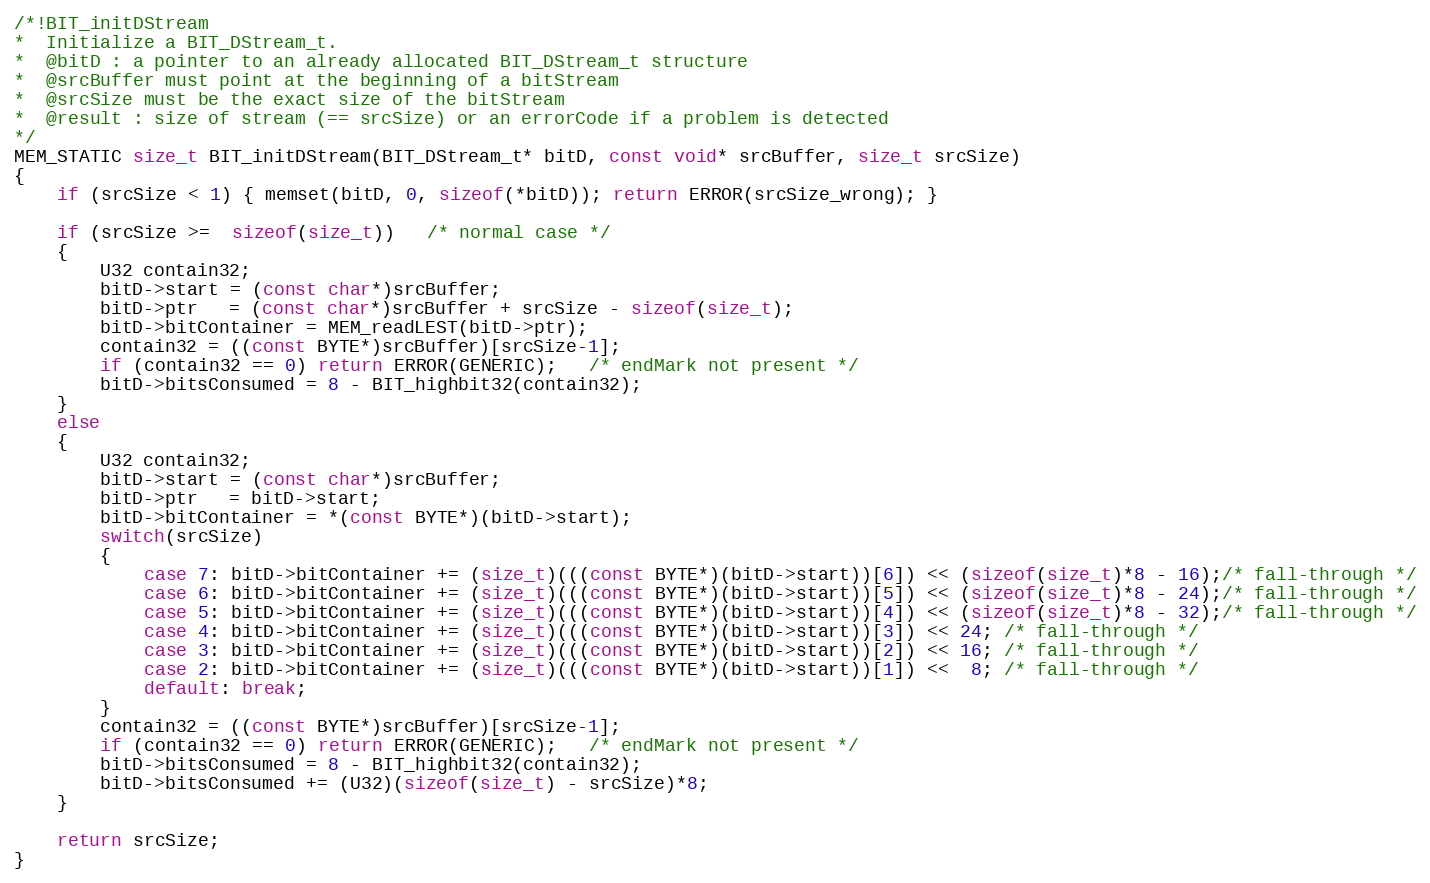
Language: C
/*!BIT_initDStream
*  Initialize a BIT_DStream_t.
*  @bitD : a pointer to an already allocated BIT_DStream_t structure
*  @srcBuffer must point at the beginning of a bitStream
*  @srcSize must be the exact size of the bitStream
*  @result : size of stream (== srcSize) or an errorCode if a problem is detected
*/
MEM_STATIC size_t BIT_initDStream(BIT_DStream_t* bitD, const void* srcBuffer, size_t srcSize)
{
    if (srcSize < 1) { memset(bitD, 0, sizeof(*bitD)); return ERROR(srcSize_wrong); }

    if (srcSize >=  sizeof(size_t))   /* normal case */
    {
        U32 contain32;
        bitD->start = (const char*)srcBuffer;
        bitD->ptr   = (const char*)srcBuffer + srcSize - sizeof(size_t);
        bitD->bitContainer = MEM_readLEST(bitD->ptr);
        contain32 = ((const BYTE*)srcBuffer)[srcSize-1];
        if (contain32 == 0) return ERROR(GENERIC);   /* endMark not present */
        bitD->bitsConsumed = 8 - BIT_highbit32(contain32);
    }
    else
    {
        U32 contain32;
        bitD->start = (const char*)srcBuffer;
        bitD->ptr   = bitD->start;
        bitD->bitContainer = *(const BYTE*)(bitD->start);
        switch(srcSize)
        {
            case 7: bitD->bitContainer += (size_t)(((const BYTE*)(bitD->start))[6]) << (sizeof(size_t)*8 - 16);/* fall-through */
            case 6: bitD->bitContainer += (size_t)(((const BYTE*)(bitD->start))[5]) << (sizeof(size_t)*8 - 24);/* fall-through */
            case 5: bitD->bitContainer += (size_t)(((const BYTE*)(bitD->start))[4]) << (sizeof(size_t)*8 - 32);/* fall-through */
            case 4: bitD->bitContainer += (size_t)(((const BYTE*)(bitD->start))[3]) << 24; /* fall-through */
            case 3: bitD->bitContainer += (size_t)(((const BYTE*)(bitD->start))[2]) << 16; /* fall-through */
            case 2: bitD->bitContainer += (size_t)(((const BYTE*)(bitD->start))[1]) <<  8; /* fall-through */
            default: break;
        }
        contain32 = ((const BYTE*)srcBuffer)[srcSize-1];
        if (contain32 == 0) return ERROR(GENERIC);   /* endMark not present */
        bitD->bitsConsumed = 8 - BIT_highbit32(contain32);
        bitD->bitsConsumed += (U32)(sizeof(size_t) - srcSize)*8;
    }

    return srcSize;
}